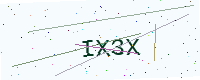
Text: IX3X